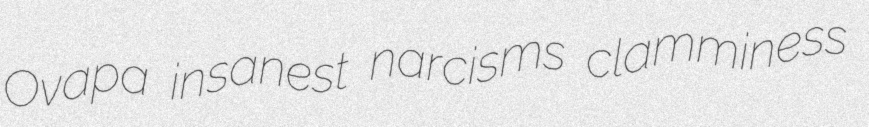
Ovapa insanest narcisms clamminess